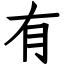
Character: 有